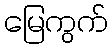
မြေကွက်